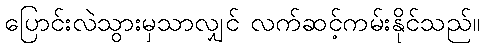
ပြောင်းလဲသွားမှသာလျှင် လက်ဆင့်ကမ်းနိုင်သည်။